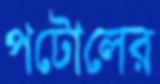
পটোলের